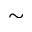
\sim